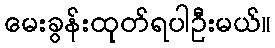
မေးခွန်းထုတ်ရပါဦးမယ်။